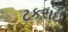
ટકરાઈ